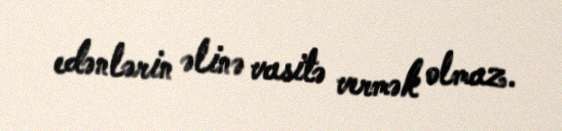
edənlərin əlinə vasitə vermək olmaz.